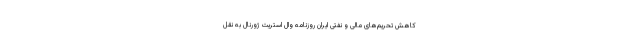
کاهش تحریم‌های مالی و نفتی ایران روزنامه وال استریت ژورنال به نقل